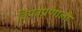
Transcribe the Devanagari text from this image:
विपत्रप्रणाली